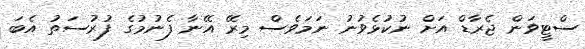
ސްޓީވަން ޖެރާޑް އަށް ނުކުޅެވުނު ނަމަވެސް މިރޭ އޭނާ ފެނުމުގެ ފުރުސަތު އެބަ